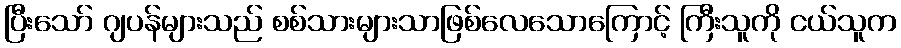
ပြီးသော် ဂျပန်များသည် စစ်သားများသာဖြစ်လေသောကြောင့် ကြီးသူကို ငယ်သူက